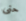
حتى